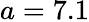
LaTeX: a=7.1